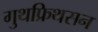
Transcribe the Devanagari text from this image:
गुथफ्रिथसन